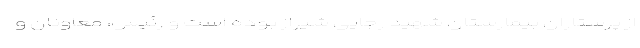
از پرستاران بیمارستان شهید رجایی شیراز بوده است و رئیس، معاونان و